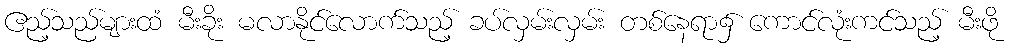
ဧည့်သည်များထံ မီးခိုး မလာနိုင်လောက်သည့် ခပ်လှမ်းလှမ်း တစ်နေရာ၌ ကောင်လုံးကင်သည့် မီးဖို